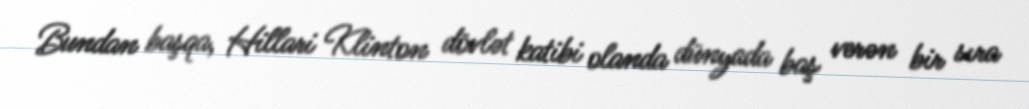
Bundan başqa, Hillari Klinton dövlət katibi olanda dünyada baş verən bir sıra